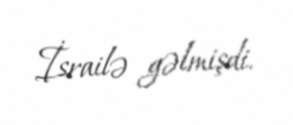
İsrailə gəlmişdi.